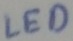
Text: LED